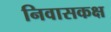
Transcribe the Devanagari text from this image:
निवासकक्ष